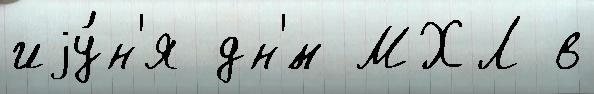
иjу́н'я дн'́м МХЛ в